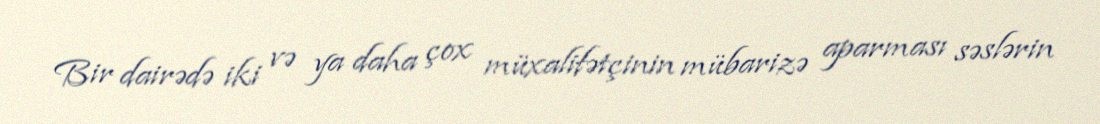
Bir dairədə iki və ya daha çox müxalifətçinin mübarizə aparması səslərin